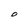
Character: O